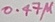
Text: 0.47µ